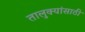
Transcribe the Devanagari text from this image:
तालुक्यांसाठी